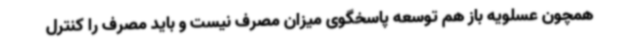
همچون عسلویه باز هم توسعه پاسخگوی میزان مصرف نیست و باید مصرف را کنترل